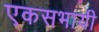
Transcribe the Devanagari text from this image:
एकसभायी